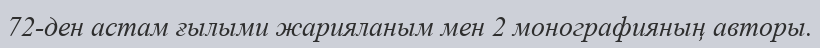
72-ден астам ғылыми жарияланым мен 2 монографияның авторы.